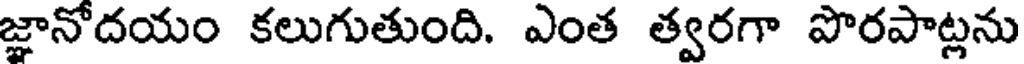
జ్ఞానోదయం కలుగుతుంది. ఎంత త్వరగా పొరపాట్లను